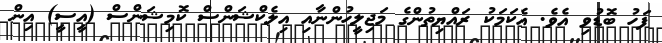
ފަހު ބޮޑުވި އެވެ. އެކަމަކު ރައްޔިތުންގެ މަޖިލީހުންނާއި އިލެކްޝަންސް ކޮމިޝަންސް (އީސީ) އިން